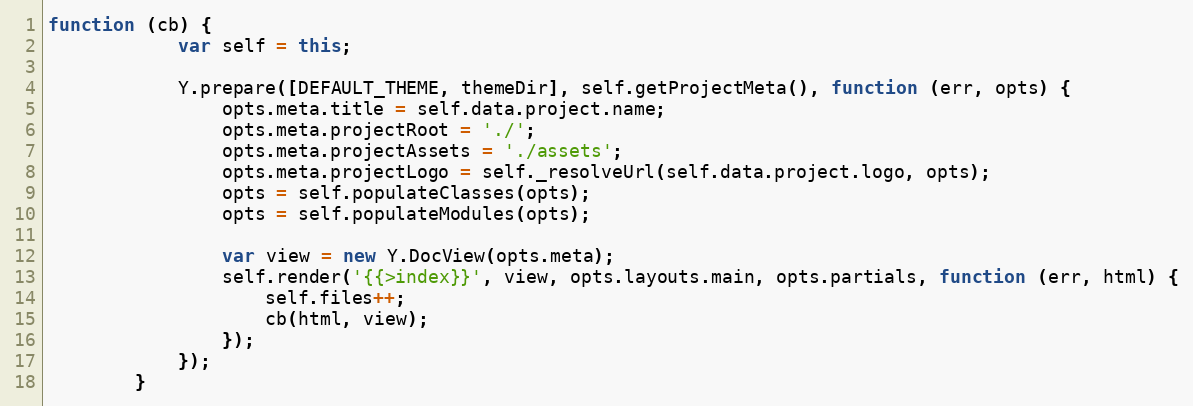
Language: JavaScript
function (cb) {
            var self = this;

            Y.prepare([DEFAULT_THEME, themeDir], self.getProjectMeta(), function (err, opts) {
                opts.meta.title = self.data.project.name;
                opts.meta.projectRoot = './';
                opts.meta.projectAssets = './assets';
                opts.meta.projectLogo = self._resolveUrl(self.data.project.logo, opts);
                opts = self.populateClasses(opts);
                opts = self.populateModules(opts);

                var view = new Y.DocView(opts.meta);
                self.render('{{>index}}', view, opts.layouts.main, opts.partials, function (err, html) {
                    self.files++;
                    cb(html, view);
                });
            });
        }